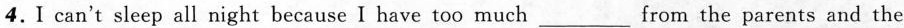
4.I can't sleep all night because I have too much___from the parents and the